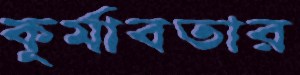
কূর্মাবতার